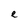
Character: e